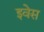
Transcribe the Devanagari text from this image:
इवेस